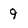
Character: 9